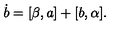
\dot { b } = [ \beta , a ] + [ b , \alpha ] .